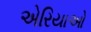
એરિયાઓ